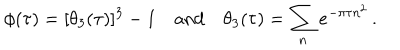
LaTeX: \phi ( \tau ) = [ \theta _ { 3 } ( \tau ) ] ^ { 3 } - 1 \quad \mathrm { a n d } \quad \theta _ { 3 } ( \tau ) = \sum _ { n } e ^ { - \pi \tau n ^ { 2 } } \, .